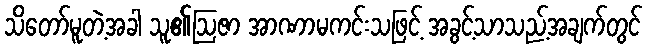
သိတော်မူတဲ့အခါ သူ၏ဩဇာ အာဏာမကင်းသဖြင့် အခွင့်သာသည့်အချက်တွင်